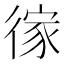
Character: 𢔻